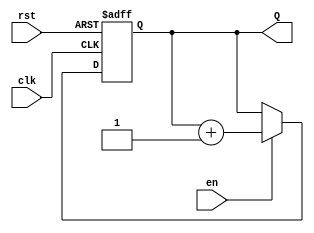
module binary_up_counter #(
    parameter N = 4  // Parameter for number of bits (default is 4-bit counter)
)(
    input wire clk,       // Clock signal
    input wire rst,       // Asynchronous reset signal
    input wire en,        // Enable signal
    output reg [N-1:0] Q  // n-bit output for the count
);

    // Always block triggered on the rising edge of the clock or on reset
    always @(posedge clk or posedge rst) begin
        if (rst) begin
            Q <= 0;  // Reset the counter to 0
        end else if (en) begin
            Q <= Q + 1;  // Increment the counter
        end
    end

endmodule